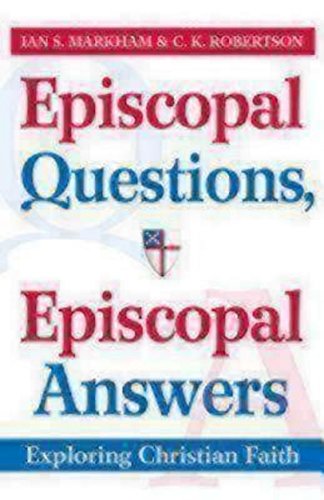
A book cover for Episcopal Questions, Episcopal Answers: Exploring Christian Faith; Ian S. Markham; Christian Books & Bibles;